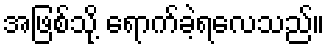
အဖြစ်သို့ ရောက်ခဲ့ရလေသည်။